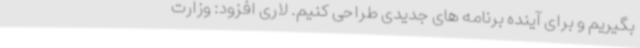
بگیریم و برای آینده برنامه های جدیدی طراحی کنیم. لاری افزود: وزارت